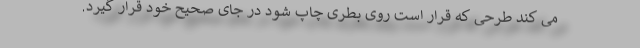
می کند طرحی که قرار است روی بطری چاپ شود در جای صحیح خود قرار گیرد.